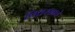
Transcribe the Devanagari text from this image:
पित्तरसाचे